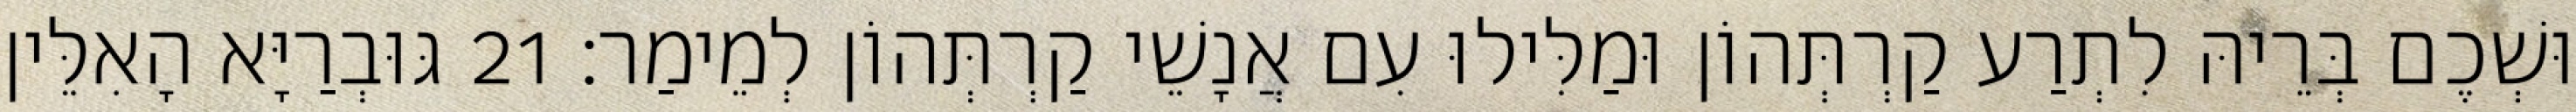
וּשְׁכֶם בְּרֵיהּ לִתְרַע קַרְתְּהוֹן וּמַלִּילוּ עִם אֲנָשֵׁי קַרְתְּהוֹן לְמֵימַר׃ 21 גּוּבְרַיָּא הָאִלֵּין